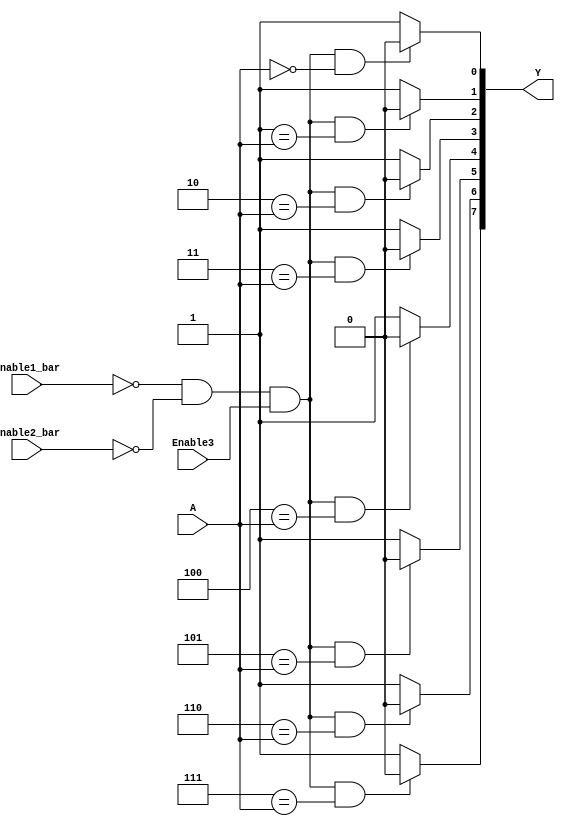
// ttl_74138.v
// 3-line
`default_nettype none
`timescale 1ns/1ns
//TPLH 18
//TPHL 27
module ttl_74138 #(parameter WIDTH_OUT = 8, WIDTH_IN = $clog2(WIDTH_OUT),
                   DELAY_RISE = 15, DELAY_FALL = 15)
(
  input wire Enable1_bar, //4 G2An
  input wire Enable2_bar, //5 G2Bn
  input wire Enable3, //6 G1
  input wire [WIDTH_IN-1:0] A, //3,2,1 C,B,A
  output wire [WIDTH_OUT-1:0] Y //7,9,10,11,12,13,14,15 Y[7:0]
);

//------------------------------------------------//
reg [WIDTH_OUT-1:0] computed;
integer i;

always @(*)
begin
  for (i = 0; i < WIDTH_OUT; i=i+1)
  begin
    if (!Enable1_bar && !Enable2_bar && Enable3 && i == A)
      computed[i] = 1'b0;
    else
      computed[i] = 1'b1;
  end
end
//------------------------------------------------//

assign #(DELAY_RISE, DELAY_FALL) Y = computed;

endmodule